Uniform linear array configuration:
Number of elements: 64
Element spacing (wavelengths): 0.5
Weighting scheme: exponential
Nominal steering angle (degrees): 60
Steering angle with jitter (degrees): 61.673
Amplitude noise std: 0.05
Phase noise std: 0.05

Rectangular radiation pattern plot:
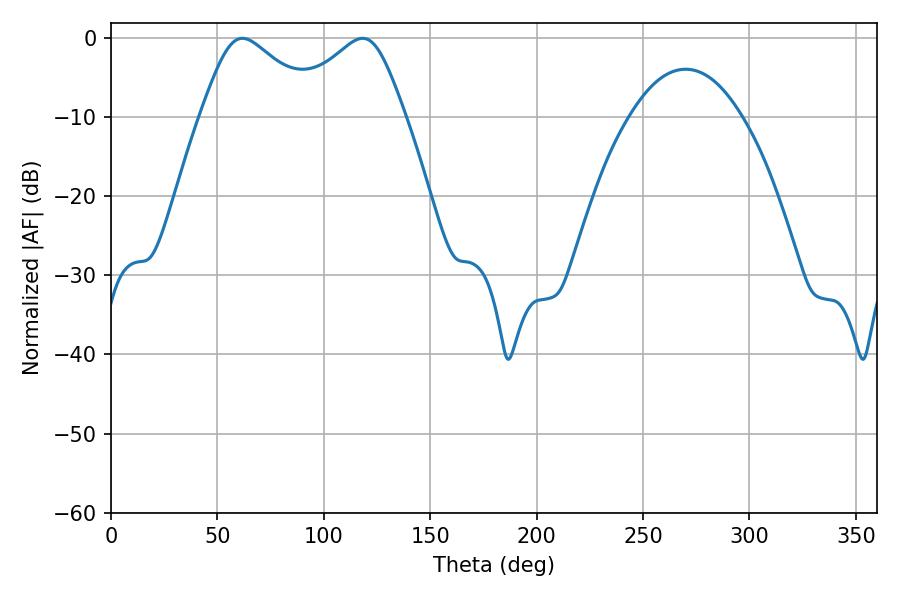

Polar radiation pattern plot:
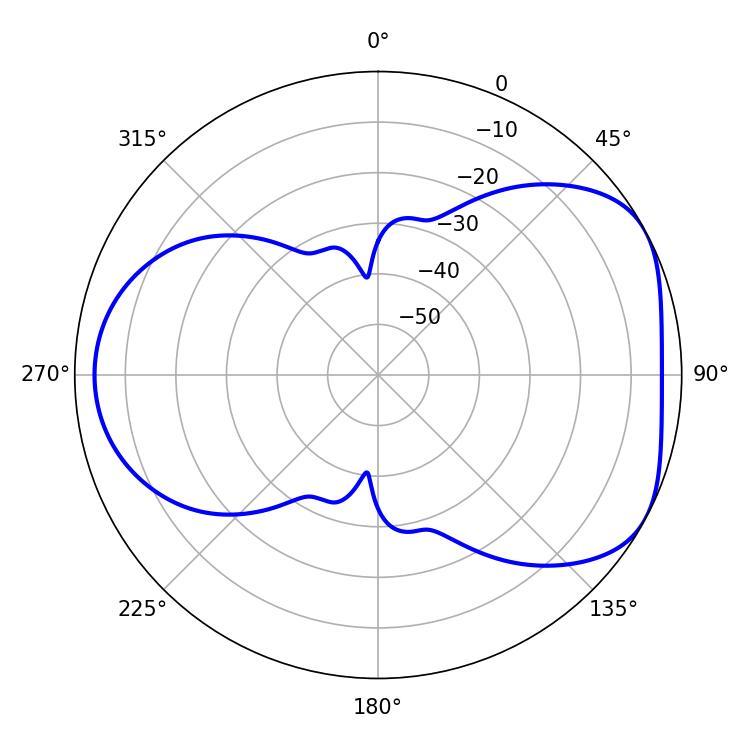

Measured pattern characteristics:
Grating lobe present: FALSE
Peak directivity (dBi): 4.895
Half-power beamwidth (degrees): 27.9
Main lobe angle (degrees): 61.74